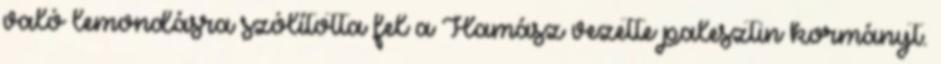
való lemondásra szólította fel a Hamász vezette palesztin kormányt.